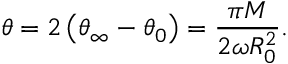
\theta = 2 \left( \theta _ { \infty } - \theta _ { 0 } \right) = \frac { \pi M } { 2 \omega R _ { 0 } ^ { 2 } } .